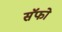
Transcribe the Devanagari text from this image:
सॅफो